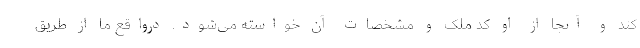
کند و آنجا از او کد ملک و مشخصات آن خواسته می‌شود. درواقع ما از طریق